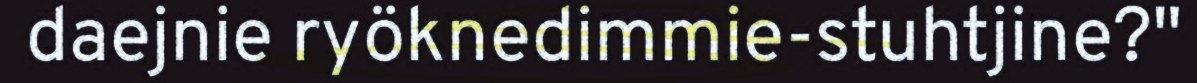
daejnie ryöknedimmie-stuhtjine?"